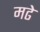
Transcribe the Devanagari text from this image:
मढे